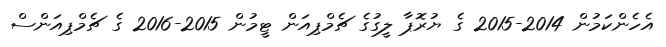
އެހެންކަމުން 2014-2015 ގެ ޔުރޮޕާ ލީގުގެ ޗެމްޕިއަން ޓީމުން 2015-2016 ގެ ޗެމްޕިއަންސް